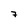
Character: 7